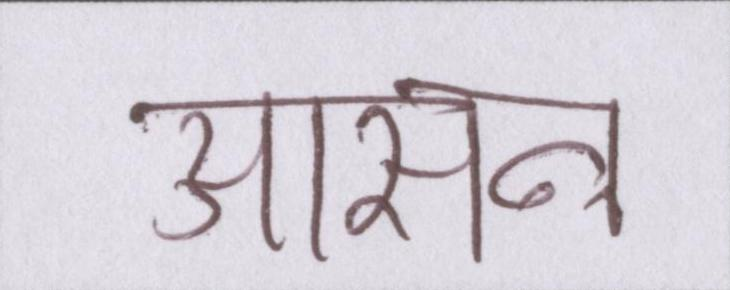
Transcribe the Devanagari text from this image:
आसन